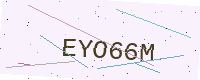
Text: EYO66M